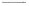
—